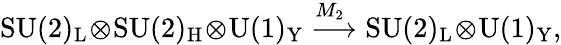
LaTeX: \mathrm{SU(2)_{L}\! \otimes\! SU(2)_{H}\! \otimes\! U(1)_{Y}}\stackrel{\! \! M_{2}}{\longrightarrow}\mathrm{SU(2)_{L}\! \otimes\! U(1)_{Y}},